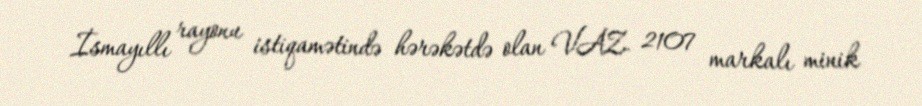
İsmayıllı rayonu istiqamətində hərəkətdə olan VAZ- 2107 markalı minik